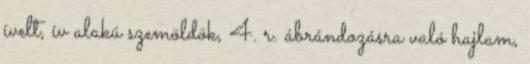
ívelt, ív alakú szemöldök, 4. r. ábrándozásra való hajlam,